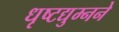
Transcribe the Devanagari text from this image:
धृष्टद्युम्नने